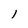
Character: 1